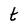
Character: t